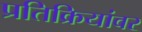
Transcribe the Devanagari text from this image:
प्रतिक्रियांवर